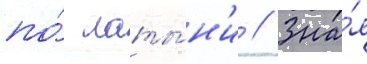
по́ латы́н'и // Зна́я